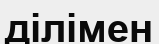
ділімен